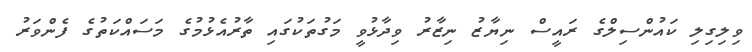
ވިލިގިލި ކައުންސިލްގެ ރައީސް ނިޔާޒު ނިޒާރު ވިދާޅުވީ މަގުތަކުގައި ތާރުއެޅުމުގެ މަސައްކަތުގެ ފެންވަރު